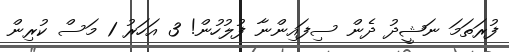
ފުރަތަމަ ނަޝީދު ދެން ސިފައިންނާ ފުލުހުން! 3 އަހަރު 1 މަސް ކުރިން